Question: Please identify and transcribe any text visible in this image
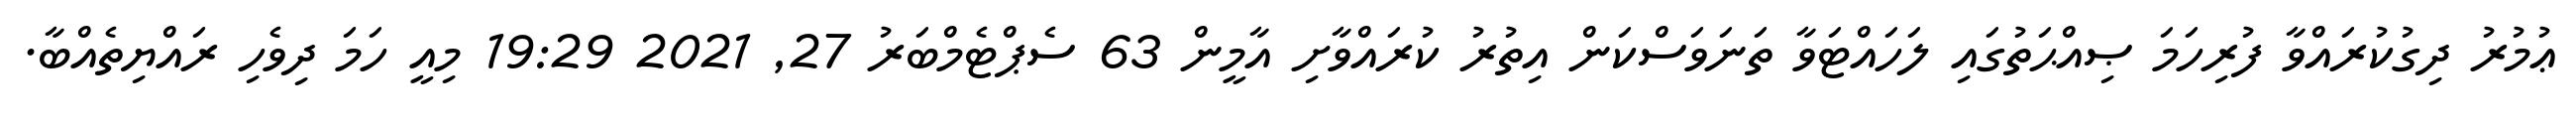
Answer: ޢުމުރު ދިގުކުރައްވާ ފުރިހަމަ ޞިއްޙަތުގައި ލަހައްޓަވާ ތަނަވަސްކަން އިތުރު ކުރައްވާށި އާމީން 63 ސެޕްޓެމްބަރު 27, 2021 19:29 މިއީ ހަމަ ދިވެހި ރައްޔިތެއްބާ.